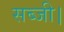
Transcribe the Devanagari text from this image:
सब्जी।